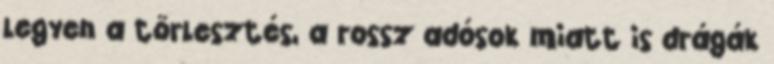
legyen a törlesztés, a rossz adósok miatt is drágák